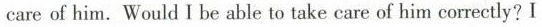
care of him.Would I be able to take care of him correctly？ I